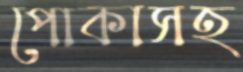
পোকাসহ